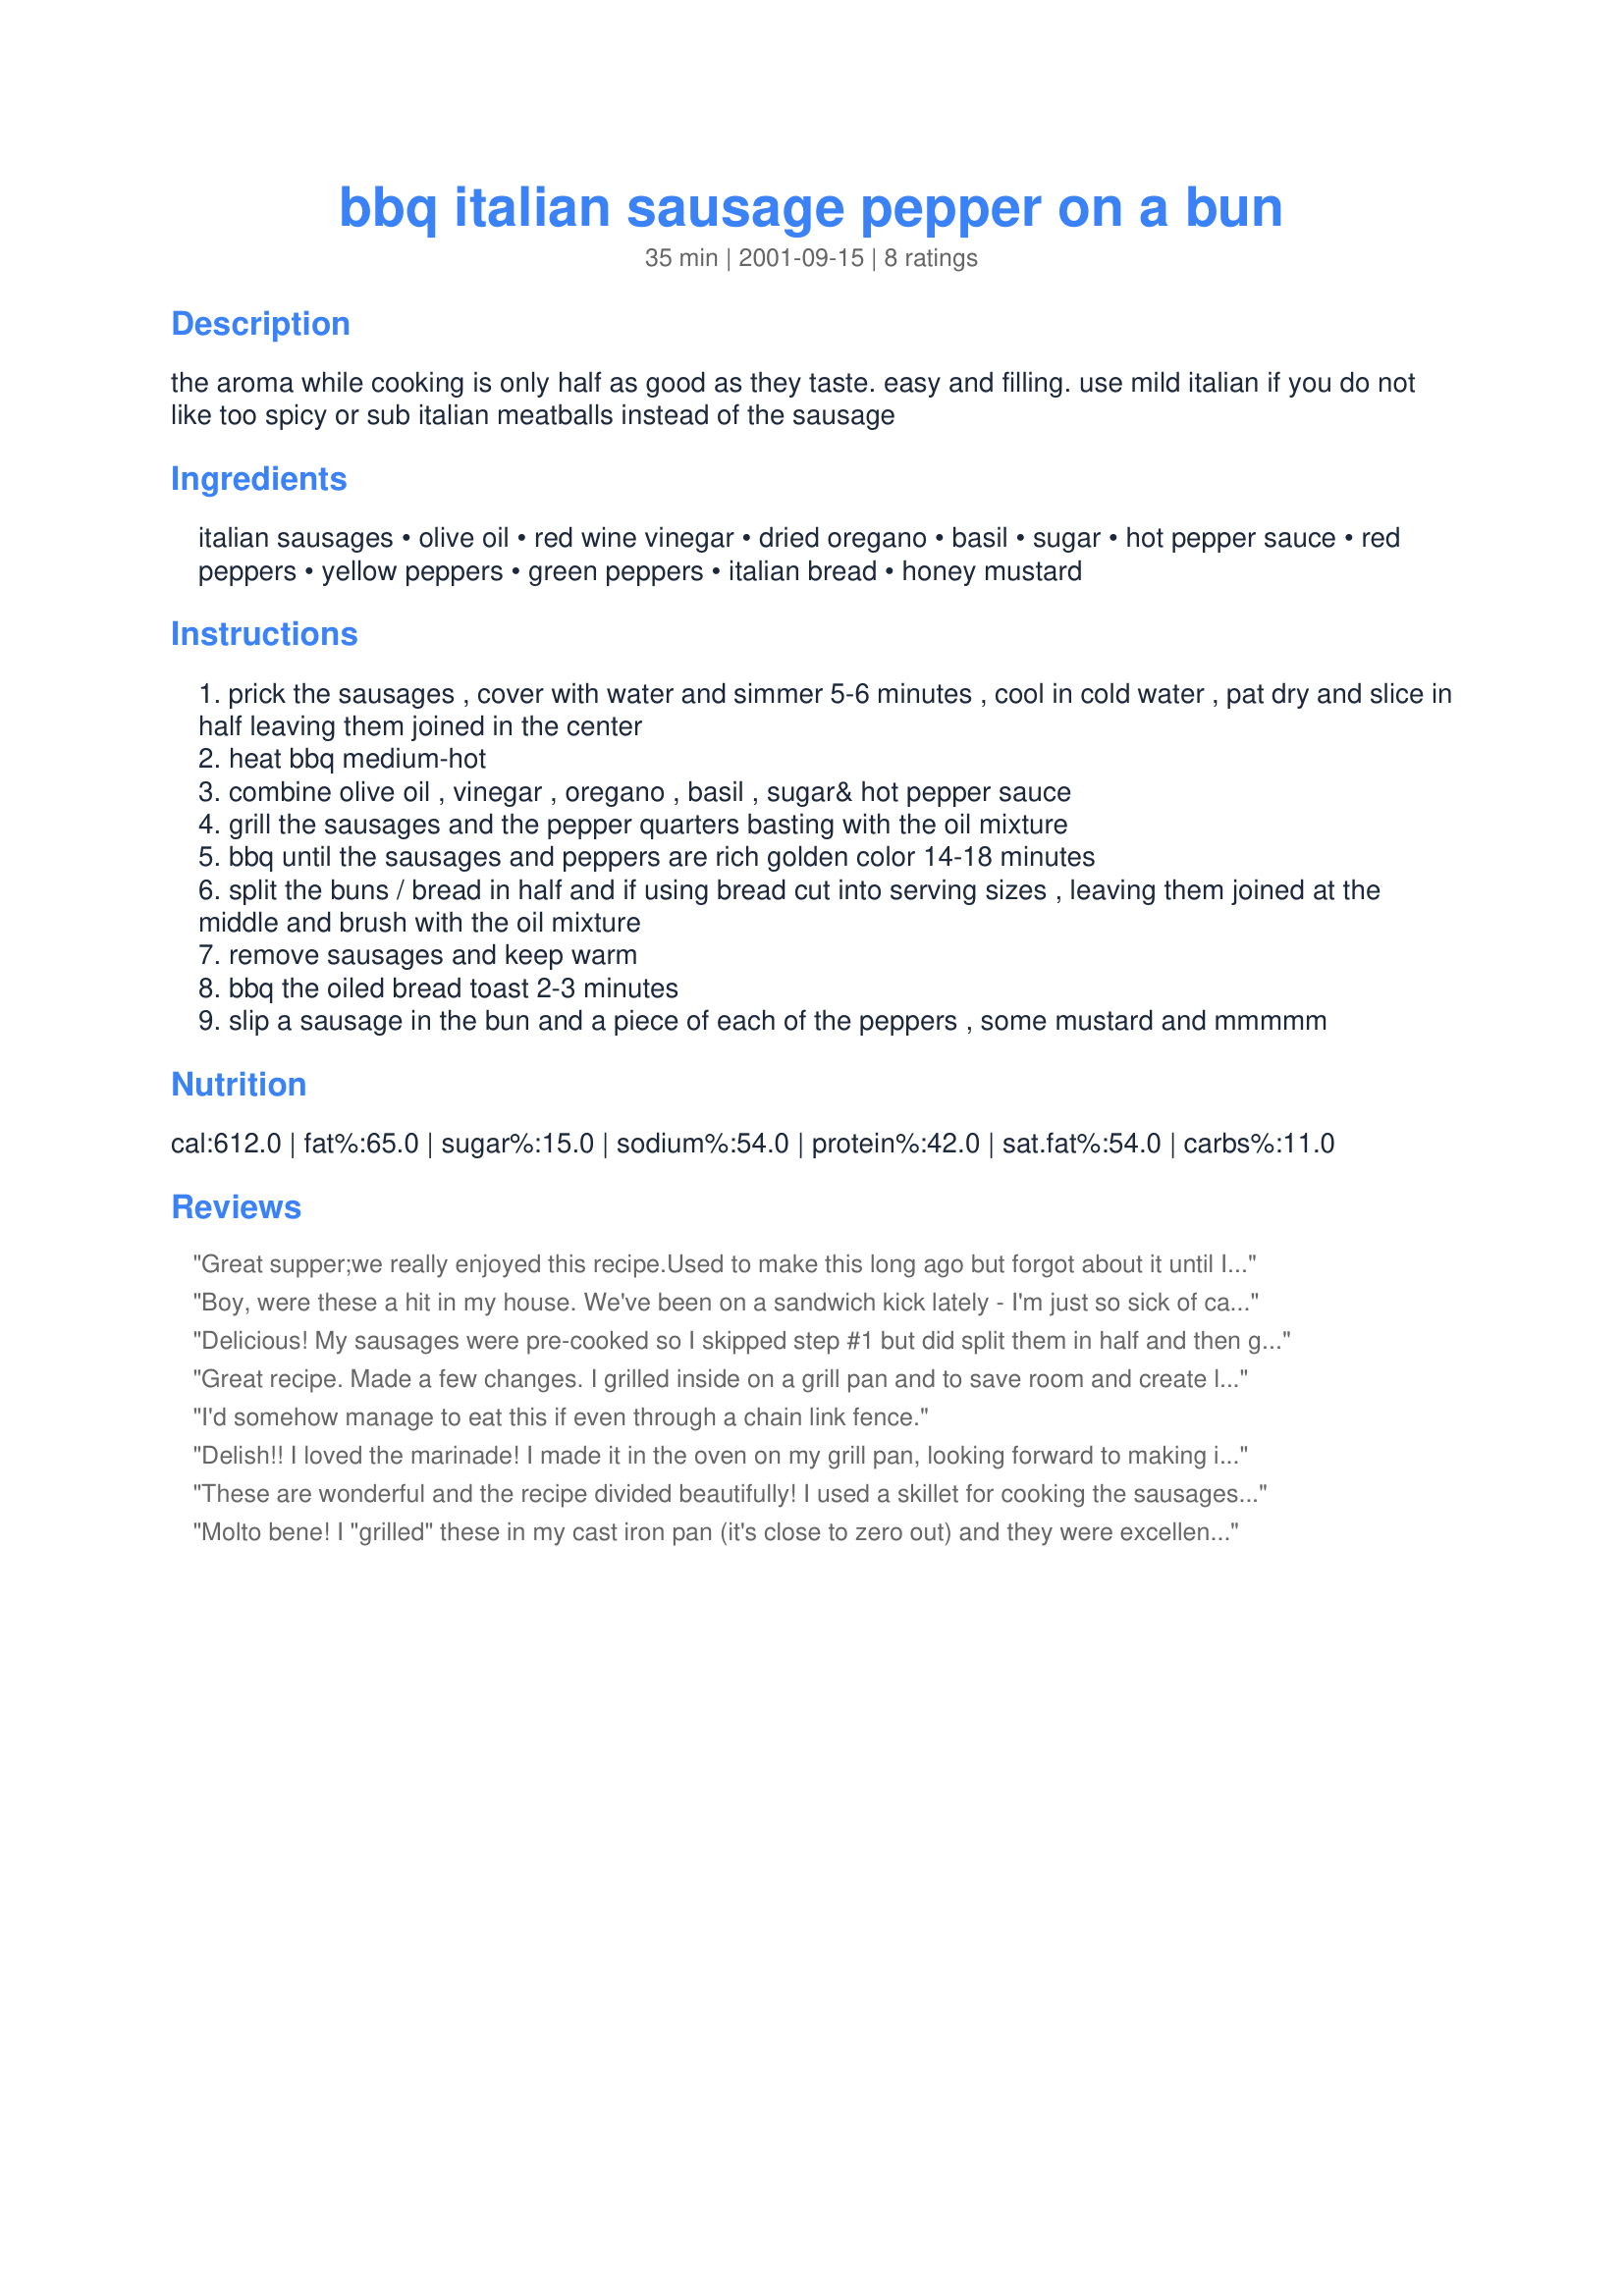
bbq italian sausage pepper on a bun
Preparation time: 35 minutes

the aroma while cooking is only half as good as they taste. easy and filling. use mild italian if you do not like too spicy or sub italian meatballs instead of the sausage

Ingredients:
italian sausages, olive oil, red wine vinegar, dried oregano, basil, sugar, hot pepper sauce, red peppers, yellow peppers, green peppers, italian bread, honey mustard

Steps:
prick the sausages , cover with water and simmer 5-6 minutes , cool in cold water , pat dry and slice in half leaving them joined in the center
heat bbq medium-hot
combine olive oil , vinegar , oregano , basil , sugar& hot pepper sauce
grill the sausages and the pepper quarters basting with the oil mixture
bbq until the sausages and peppers are rich golden color 14-18 minutes
split the buns / bread in half and if using bread cut into serving sizes , leaving them joined at the middle and brush with the oil mixture
remove sausages and keep warm
bbq the oiled bread toast 2-3 minutes
slip a sausage in the bun and a piece of each of the peppers , some mustard and mmmmm

Reviews:
Great supper;we really enjoyed this recipe.Used to make this long ago but forgot about it until I found this.Thanks for sharing.
Boy, were these a hit in my house. We've been on a sandwich kick lately - I'm just so sick of casseroles, etc. and these really hit the spot. Thanks so much for posting.
Delicious! My sausages were pre-cooked so I skipped step #1 but did split them in half and then grilled them with the peppers and basted with the oil mixture. We had them on sub rolls, brushed and grilled per directions. Really good with the mustard (we used a brown type mustard). Excellent dinner on a hot night, grilled on the deck and enjoyed outside. Will absolutely be made again! Thanks Bergy :)
Great recipe. Made a few changes. I grilled inside on a grill pan and to save room and create less messiness, I cooked the veggies separately. I did 5 sausages, 1 green pepper, and 1 yellow pepper. I broiled the buns, added sausage, spicy mustard and veggies, then laid 2 pieces of provolone over the top of the veggies and broiled again to melt the cheese. Served with spicy mustard on the side. :)
I'd somehow manage to eat this if even through a chain link fence.
Delish!! I loved the marinade! I made it in the oven on my grill pan, looking forward to making it again on my BBQ once I find it again...lol.
These are wonderful and the recipe divided beautifully! I used a skillet for cooking the sausages and peppers. I also added one onion to the sausage and peppers. Instead of the honey mustard, I put some provolone cheese in the bread and put it under the broiler to melt before adding the sausages and peppers. Can't wait to try this on the bbq this summer. Thanks for sharing this keeper!
Molto bene! I "grilled" these in my cast iron pan (it's close to zero out) and they were excellent. I subbed splenda for the sugar, cider vinegar and only red pepper. Also, in the tradition of Wisconsin sausage, I boiled them in beer first, not water. (Didn't bother to cool them.)
Will absolutely make these again, thanks, Bergy!!
